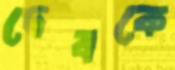
দেবকে